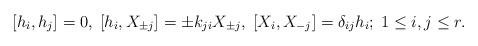
LaTeX: \begin{align*}{}[h_i, h_j]=0,\;[h_i, X_{\pm j}]=\pm k_{ji}X_{\pm j},\;[X_{i}, X_{-j}]=\delta _{ij}h_i;\;1\leq i,j\leq r.\end{align*}